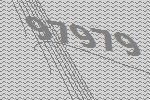
97979